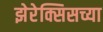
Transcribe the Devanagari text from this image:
झेरेक्सिसच्या